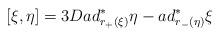
LaTeX: \begin{align*}[ \xi , \eta ] =3D ad_{r_{+}(\xi)}^{\ast} \eta -ad_{r_{-}(\eta)}^{\ast} \xi\end{align*}